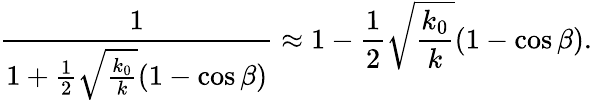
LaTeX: \frac{1}{1+\frac{1}{2}\sqrt{\frac{k_{0}}{k}}(1-\cos\beta)}\approx 1-\frac{1}{2}\sqrt{\frac{k_{0}}{k}}(1-\cos\beta).